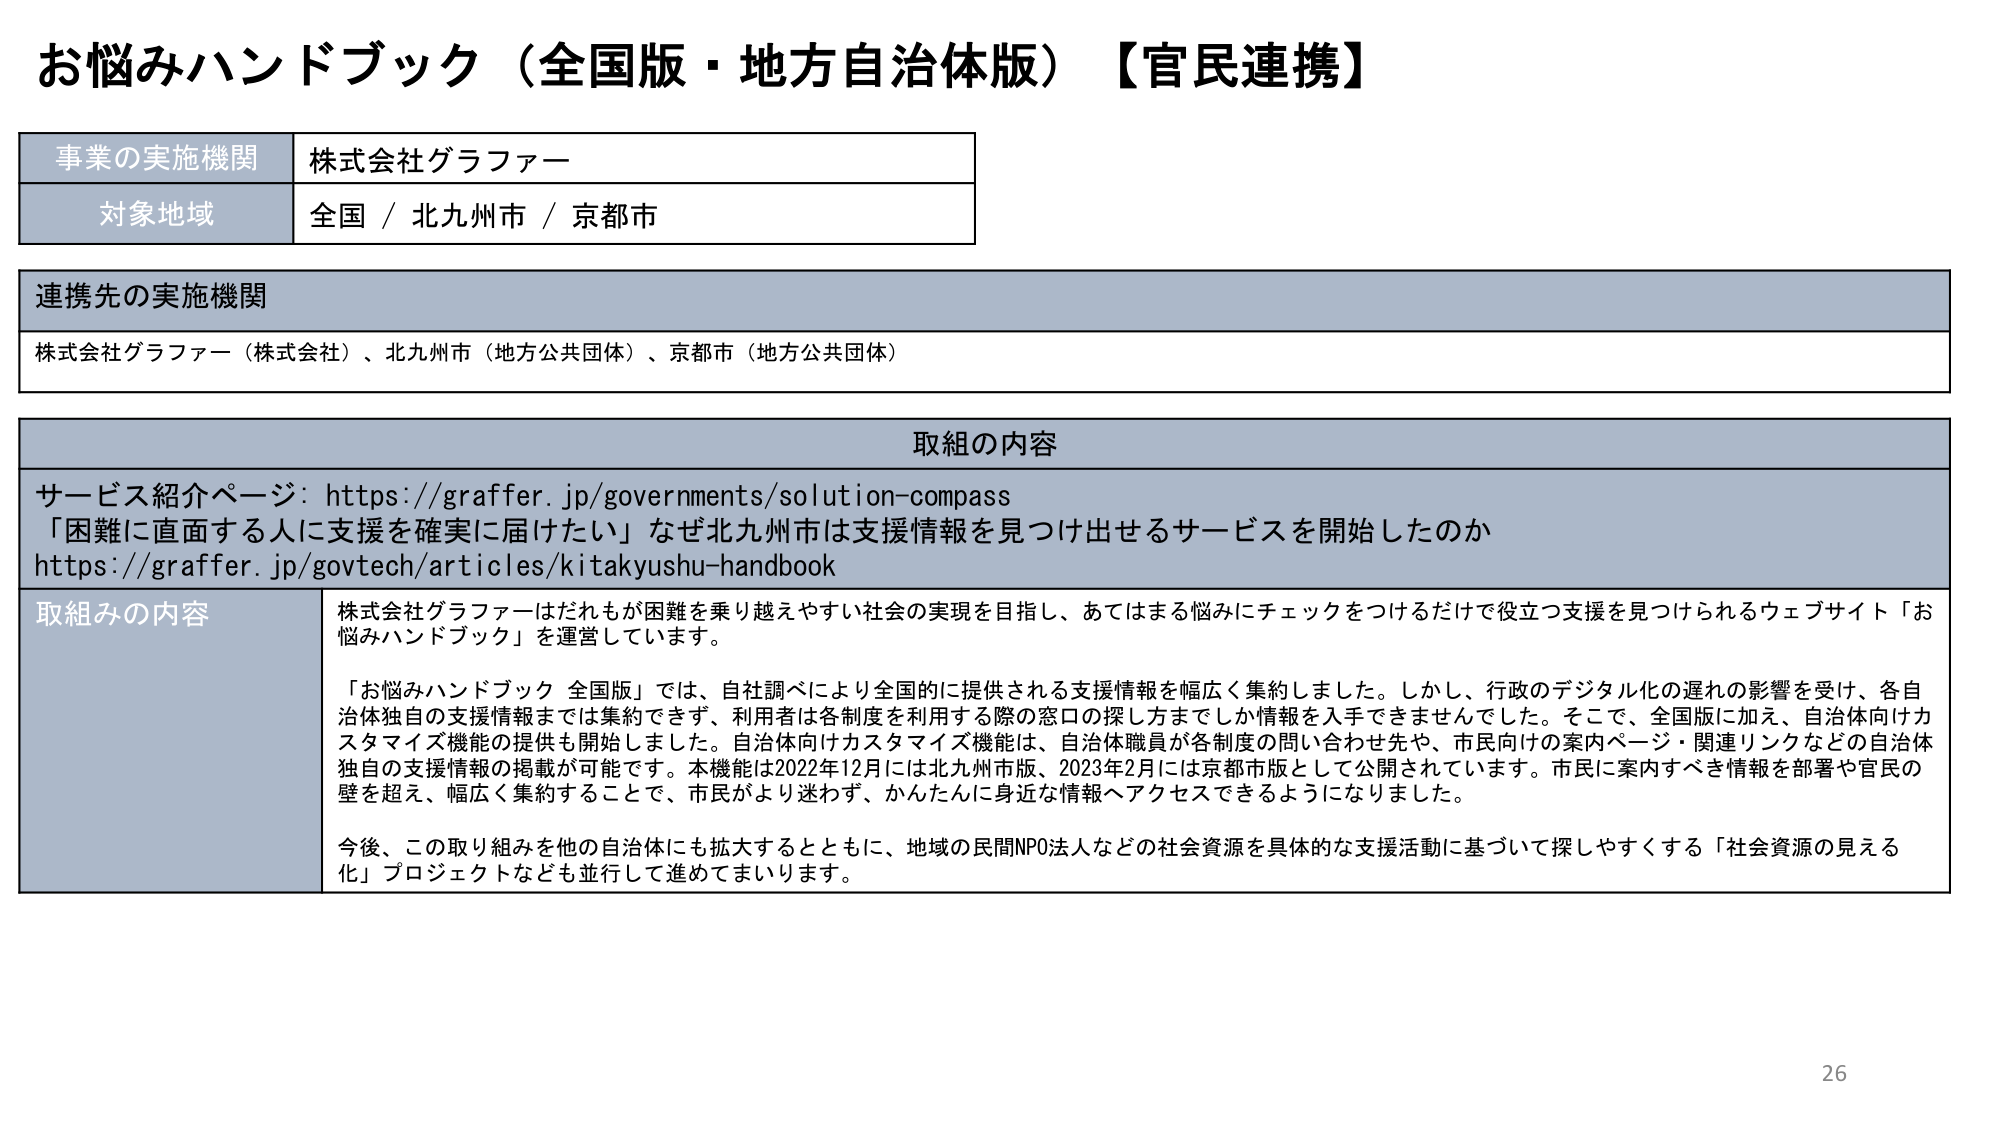
お悩みハンドブック（全国版・地方自治体版）【官民連携】

事業の実施機関　株式会社グラファー
対象地域　全国 / 北九州市 / 京都市

連携先の実施機関
株式会社グラファー（株式会社）、北九州市（地方公共団体）、京都市（地方公共団体）

取組の内容
サービス紹介ページ：https://graffer.jp/governments/solution-compass
「困難に直面する人に支援を確実に届けたい」なぜ北九州市は支援情報を見つけ出せるサービスを開始したのか
https://graffer.jp/govtech/articles/kitakyushu-handbook

取組みの内容
株式会社グラファーはだれもが困難を乗り越えやすい社会の実現を目指し、あてはまる悩みにチェックをつけるだけで役立つ支援を見つけられるウェブサイト「お悩みハンドブック」を運営しています。

「お悩みハンドブック 全国版」では、自社調べにより全国的に提供される支援情報を幅広く集約しました。しかし、行政のデジタル化の遅れの影響を受け、各自治体独自の支援情報までは集約できず、利用者は各制度を利用する際の窓口の探し方までしか情報を入手できませんでした。そこで、全国版に加え、自治体向けカスタマイズ機能の提供も開始しました。自治体向けカスタマイズ機能は、自治体職員が各制度の問い合わせ先や、市民向けの案内ページ・関連リンクなどの自治体独自の支援情報の掲載が可能です。本機能は2022年12月には北九州市版、2023年2月には京都市版として公開されています。市民に案内すべき情報を部署や官民の壁を超え、幅広く集約することで、市民がより迷わず、かんたんに身近な情報へアクセスできるようになりました。

今後、この取り組みを他の自治体にも拡大するとともに、地域の民間NPO法人などの社会資源を具体的な支援活動に基づいて探しやすくする「社会資源の見える化」プロジェクトなども並行して進めてまいります。

26